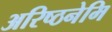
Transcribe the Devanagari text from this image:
अरिष्ठनेमि